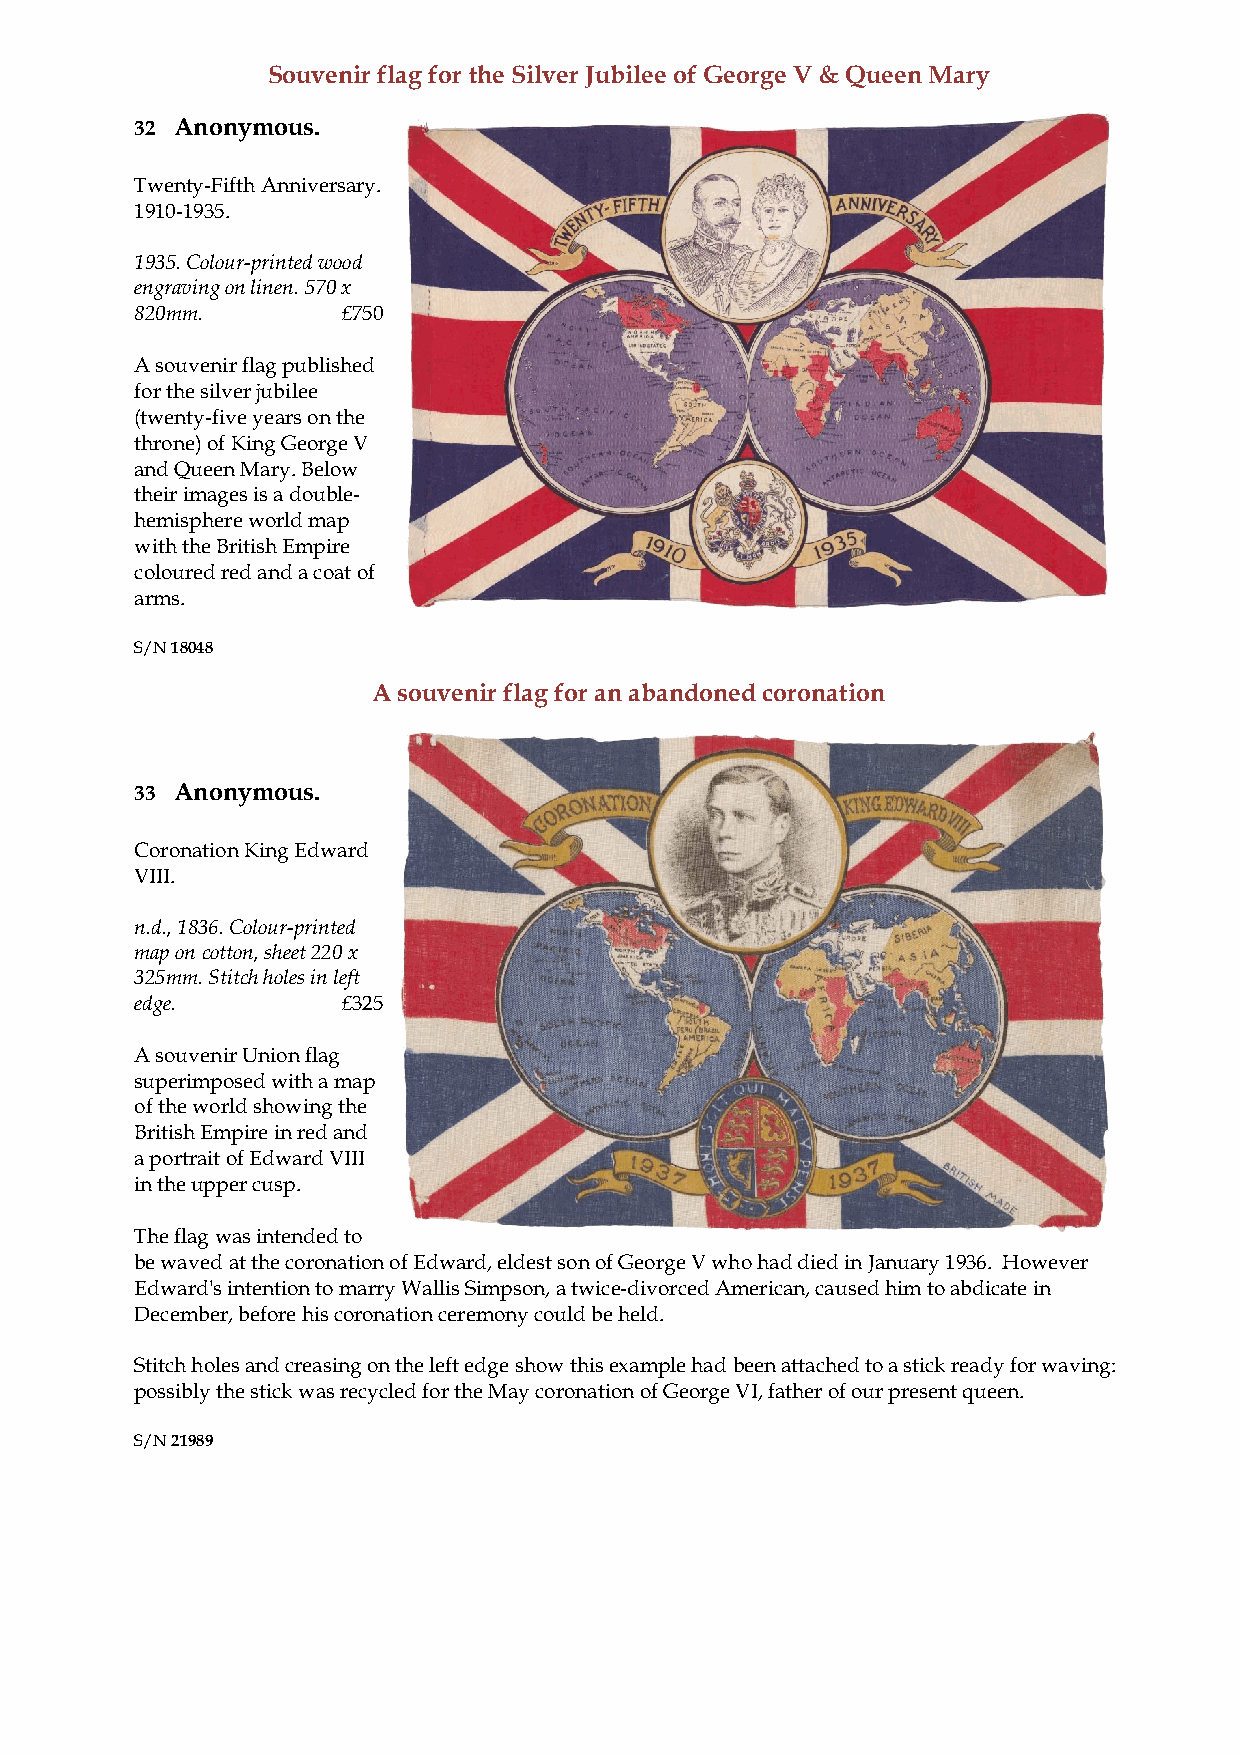
Souvenir flag for the Silver Jubilee of George V & Queen Mary
 32 Anonymous.
 Twenty-Fifth Anniversary.
 1910-1935.
 1935. Colour-printed wood
 engraving on linen. 570 x
 820mm.        £750
 A souvenir flag published
 for the silver jubilee
 (twenty-five years on the
 throne) of King George V
 and Queen Mary. Below
 their images is a double-
 hemisphere world map
 with the British Empire
 coloured red and a coat of
 arms.
 S/N 18048
 A souvenir flag for an abandoned coronation
 33 Anonymous.
 Coronation King Edward
 VIII.
 n.d., 1836. Colour-printed
 map on cotton, sheet 220 x
 325mm. Stitch holes in left
 edge.         £325
 A souvenir Union flag
 superimposed with a map
 of the world showing the
 British Empire in red and
 a portrait of Edward VIII
 in the upper cusp.
 The flag was intended to
 be waved at the coronation of Edward, eldest son of George V who had died in January 1936. However
 Edward's intention to marry Wallis Simpson, a twice-divorced American, caused him to abdicate in
 December, before his coronation ceremony could be held.
 Stitch holes and creasing on the left edge show this example had been attached to a stick ready for waving:
 possibly the stick was recycled for the May coronation of George VI, father of our present queen.
 S/N 21989